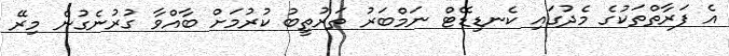
އެ ފަރާތްތަކުގެ މެދުގައި ކެނޑިޑޭޓް ނަމްބަރު ތަރުތީބު ކުރުމަށް ބާއްވާ ގުރުނެގުން މިރޭ